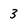
Character: 3